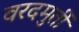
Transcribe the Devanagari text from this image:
वरदमुर्ती